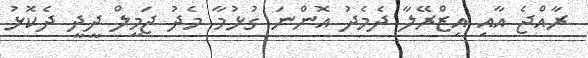
ރާއްޖެ އާއި އިޒްރޭލާ ދެމެދު އޮންނަ ގުޅުމާ މެދު ޖަމީލް ދީދީ ދެކޮޅު